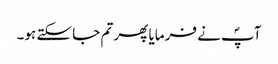
آپؐ نے فرمایا پھر تم جا سکتے ہو۔